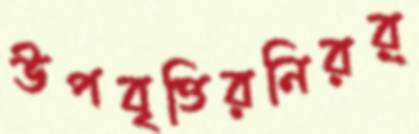
উপবৃত্তিরনিরর্